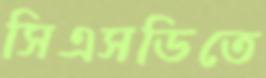
সিএসডিতে